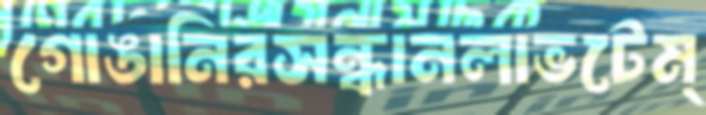
গোঙানিরসন্ধানলাভটেম্